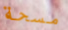
مسحة